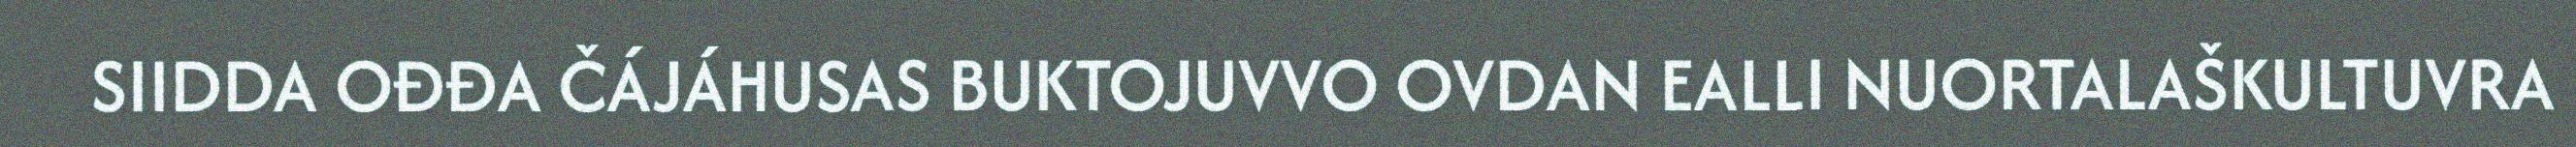
SIIDDA OĐĐA ČÁJÁHUSAS BUKTOJUVVO OVDAN EALLI NUORTALAŠKULTUVRA